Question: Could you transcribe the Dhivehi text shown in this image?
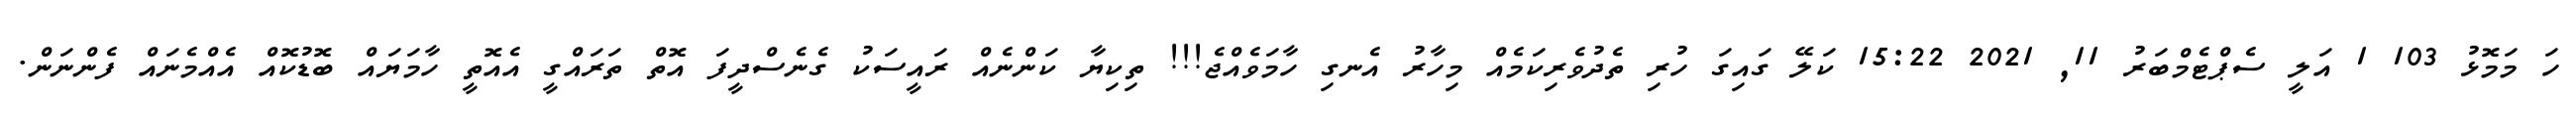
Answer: ހަ މަމޮޅު 103 1 އަލީ ސެޕްޓެމްބަރު 11, 2021 15:22 ކަލޭ ގައިގަ ހުރި ތެދުވެރިކަމެއް މިހާރު އެނގި ހާމަވެއްޖެ!!! ތިކިޔާ ކަންނެއް ރައީސަކު ގެނެސްދީފަ އޮތް ތަރައްގީ އެއޮތީ ހާމަޔައް ބޮޑުކޮއް އެއްމެނައް ފެންނަން.